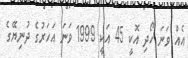
އެއް ވަނަ ހޯދި އޮކީ 45 އަކީ 1999 ވަނަ އަހަރުގެ ދުނިޔޭގެ